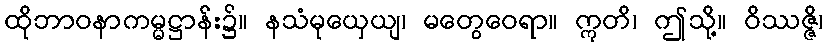
ထိုဘာဝနာကမ္မဋ္ဌာန်း၌။ နသံမုယှေယျ၊ မတွေဝေရာ။ ဣတိ၊ ဤသို့။ ဝိဿဇ္ဇိ၊